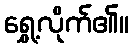
ရွှေ့လိုက်၏။